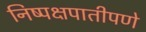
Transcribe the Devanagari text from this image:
निष्पक्षपातीपणे